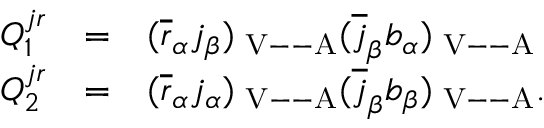
\begin{array} { r c l } { { Q _ { 1 } ^ { j r } } } & { { = } } & { { ( \overline { { { r } } } _ { \alpha } j _ { \beta } ) _ { \mathrm { { \scriptsize ~ V - - A } } } ( \overline { { { j } } } _ { \beta } b _ { \alpha } ) _ { \mathrm { { \scriptsize ~ V - - A } } } } } \\ { { Q _ { 2 } ^ { j r } } } & { { = } } & { { ( \overline { { { r } } } _ { \alpha } j _ { \alpha } ) _ { \mathrm { { \scriptsize ~ V - - A } } } ( \overline { { { j } } } _ { \beta } b _ { \beta } ) _ { \mathrm { { \scriptsize ~ V - - A } } } . } } \end{array}